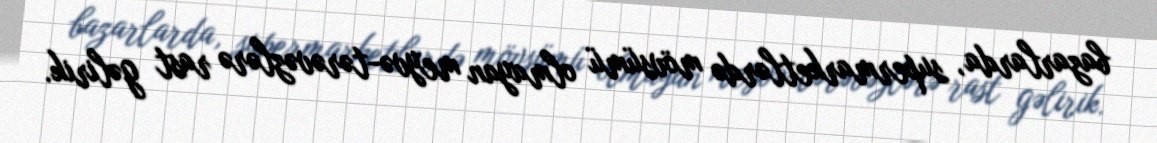
bazarlarda, supermarketlərdə mövsümü olmayan meyvə-tərəvəzlərə rast gəlirik.